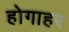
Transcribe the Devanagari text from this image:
होगाहर